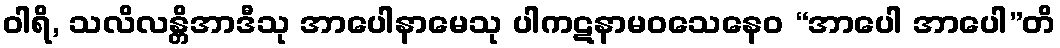
ဝါရိ, သလိလန္တိအာဒီသု အာပေါနာမေသု ပါကဋနာမဝသေနေဝ “အာပေါ အာပေါ”တိ